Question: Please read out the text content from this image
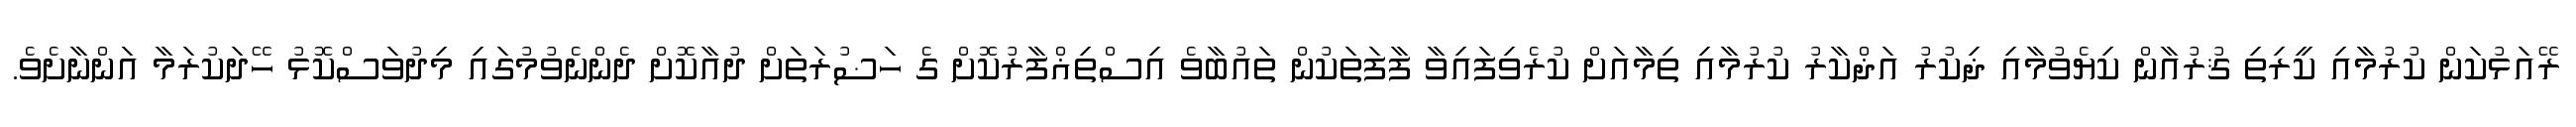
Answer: ރޭއަޅުކަން ކުރުމާއި ކީރިތި ޤުރުއާން ކިޔެވުމާއި ޛިކުރު އަޛްކާރު ކުރުމާއި ތިމާއަށް ކުރެވިފައިވާ ފާފަތަކުން ތައުބާވެ އިސްތިޣްފާރުކޮށް ގެ ހަޟުރަތަށް ދުއާކޮށް ދެންނެވުމުގައި މިދުވަސްކޮޅު ހޭދަކުރަމާ އަންނާށެވެ.